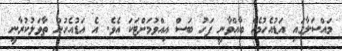
މައްސަލާގައި އަޑުއެހުމެއް ބާއްވާނީ ފަހު ބަސް އިއްވުމަށްޓަކަ އެވެ. އެ އަޑުއެހުން ތާވަލުކުރާނީ